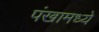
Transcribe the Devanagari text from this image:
पंखामध्ये